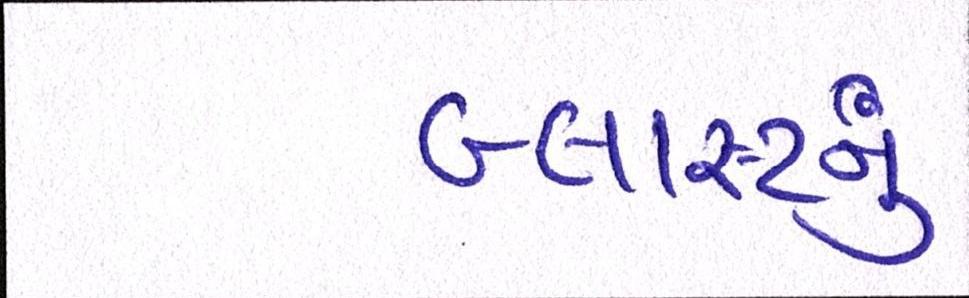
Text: બ્લાસ્ટનું